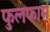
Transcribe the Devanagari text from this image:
फुलफार्म